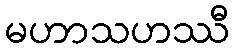
မဟာသဟဿီ